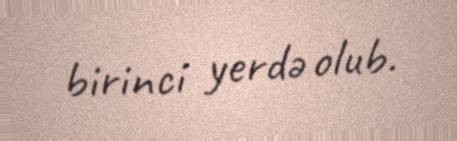
birinci yerdə olub.